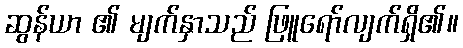
ဆွန်ယာ ၏ မျက်နှာသည် ဖြူရော်လျက်ရှိ၏။